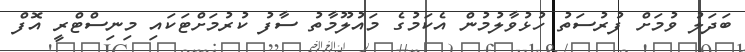
ބަދަލު ވުމަށް ފުރުސަތު ހުޅުވާލުމުން އެކަމުގެ މައުލޫމާތު ސާފު ކުރުމަށްޓަކައި މިނިސްޓްރީ އޮފް